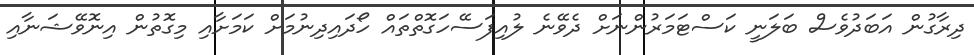
ދިރާގުން އަބަދުވެސް ބަލަނީ ކަސްޓަމަރުންނަށް ދެވޭނެ ލުއިފަސޭހަގޮތްތައް ހޯދައިދިނުމަށް ކަމަށާއި މިގޮތުން އިނޮވޭޝަނާއި